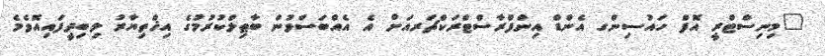
"މިނިސްޓްރީ އޮފް ހައުސިންގ އެންޑް އިންފްރާސްޓްރަކްޗަރއަށް އެ އެއްބަސްވުން ބާޠިލްކުރުމުގެ އިޚްތިޔާރު ލިބިދީފައިއޮވެމެ